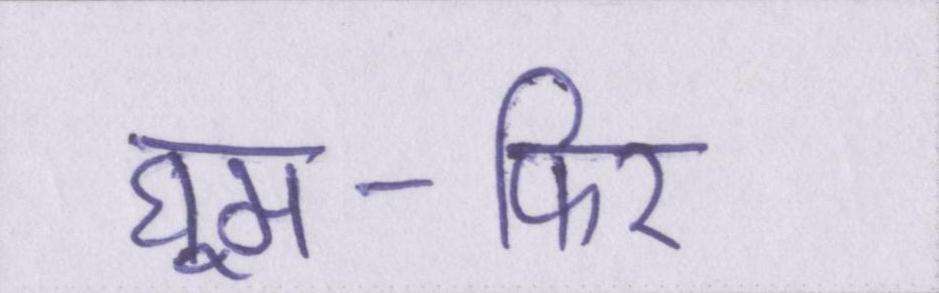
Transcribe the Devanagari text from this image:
घूम-फिर